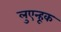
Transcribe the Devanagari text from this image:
लुएन्हूक